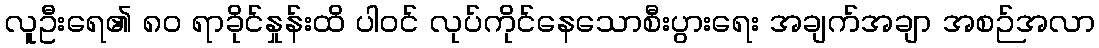
လူဦးရေ၏ ၈၀ ရာခိုင်နှုန်းထိ ပါဝင် လုပ်ကိုင်နေသောစီးပွားရေး အချက်အချာ အစဉ်အလာ